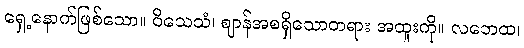
ရှေ့နောက်ဖြစ်သော။ ဝိသေသံ၊ ဈာန်အစရှိသောတရား အထူးကို။ လဘေထ၊